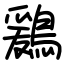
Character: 鶢